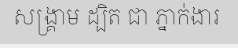
សង្គ្រាម ដ្បិត ជា ភ្នាក់ងារ